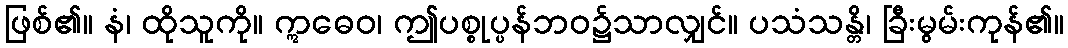
ဖြစ်၏။ နံ၊ ထိုသူကို။ ဣဓေဝ၊ ဤပစ္စုပ္ပန်ဘဝ၌သာလျှင်။ ပသံသန္တိ၊ ခြီးမွမ်းကုန်၏။